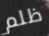
ظلم